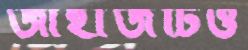
জাহাজটিও